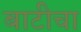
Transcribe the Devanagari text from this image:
बाटीचा